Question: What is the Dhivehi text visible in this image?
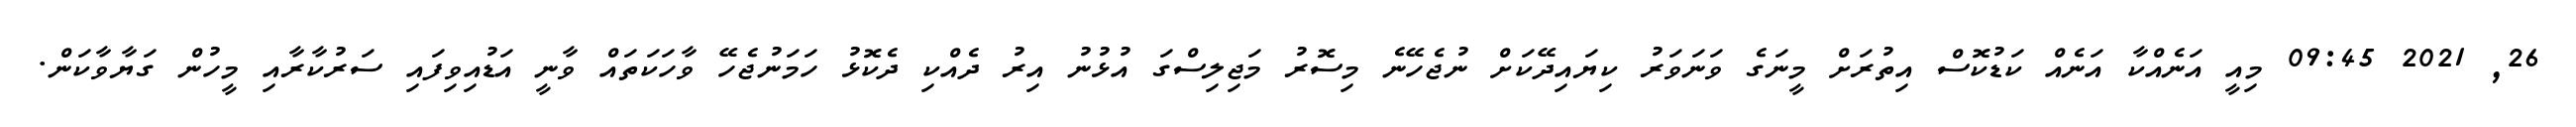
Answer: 26, 2021 09:45 މިއީ އަނެއްކާ އަނެއް ކަޑުކޮސް އިތުރަށް މީނަގެ ވަނަވަރު ކިޔައިދޭކަށް ނުޖެހޭނެ މިސޮރު މަޖިލިސްގަ އުޅުނު އިރު ދެއްކި ދެކޮޅު ހަމަނުޖެހޭ ވާހަކަތައް ވާނީ އަޑުއިވިފައި ސަރުކާރާއި މީހުން ގަޔާވާކަން.